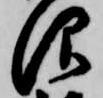
仰